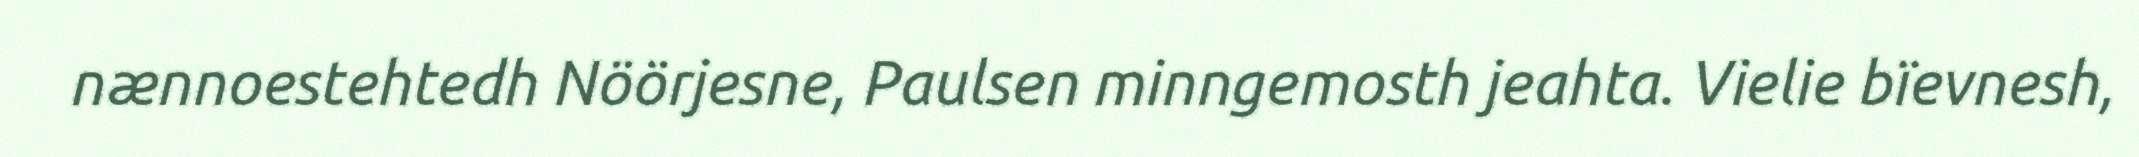
nænnoestehtedh Nöörjesne, Paulsen minngemosth jeahta. Vielie bïevnesh,